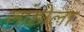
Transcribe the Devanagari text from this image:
जांडोला